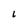
Character: L